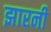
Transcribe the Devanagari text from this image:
झारनी